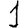
Digit: 1